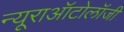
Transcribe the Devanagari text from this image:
न्यूराऑटोलॉजी